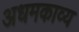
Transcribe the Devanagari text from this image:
अधमकाव्य